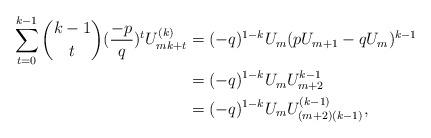
LaTeX: \begin{align*}\sum_{t=0}^{k-1}\binom{k-1}{t}(\frac{-p}{q})^{t}U_{mk+t}^{(k)}&=(-q)^{1-k}U_{m}(pU_{m+1}-qU_{m})^{k-1} \\&=(-q)^{1-k}U_{m}U_{m+2}^{k-1} \\&=(-q)^{1-k}U_{m}U_{(m+2)(k-1)}^{(k-1)},\end{align*}